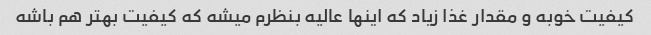
کیفیت خوبه و مقدار غذا زیاد که اینها عالیه بنظرم میشه که کیفیت بهتر هم باشه